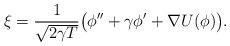
LaTeX: \begin{align*}\xi= \frac{1}{\sqrt{2\gamma T}} \big(\phi'' + \gamma \phi'+ \nabla U(\phi) \big).\end{align*}